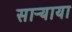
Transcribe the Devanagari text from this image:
साऱ्याया